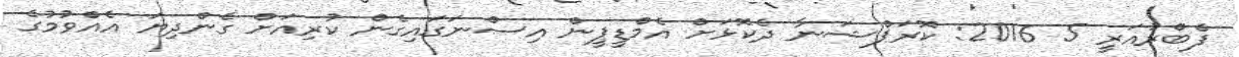
ފެބްރުއަރީ 5 2016: ކޮރަޕްޝަނާ ދެކޮޅަށް އެމްޑީޕީން އިސްނަގައިގެން ކުރިއަށް ގެންދިޔަ އެއްވުމުގެ